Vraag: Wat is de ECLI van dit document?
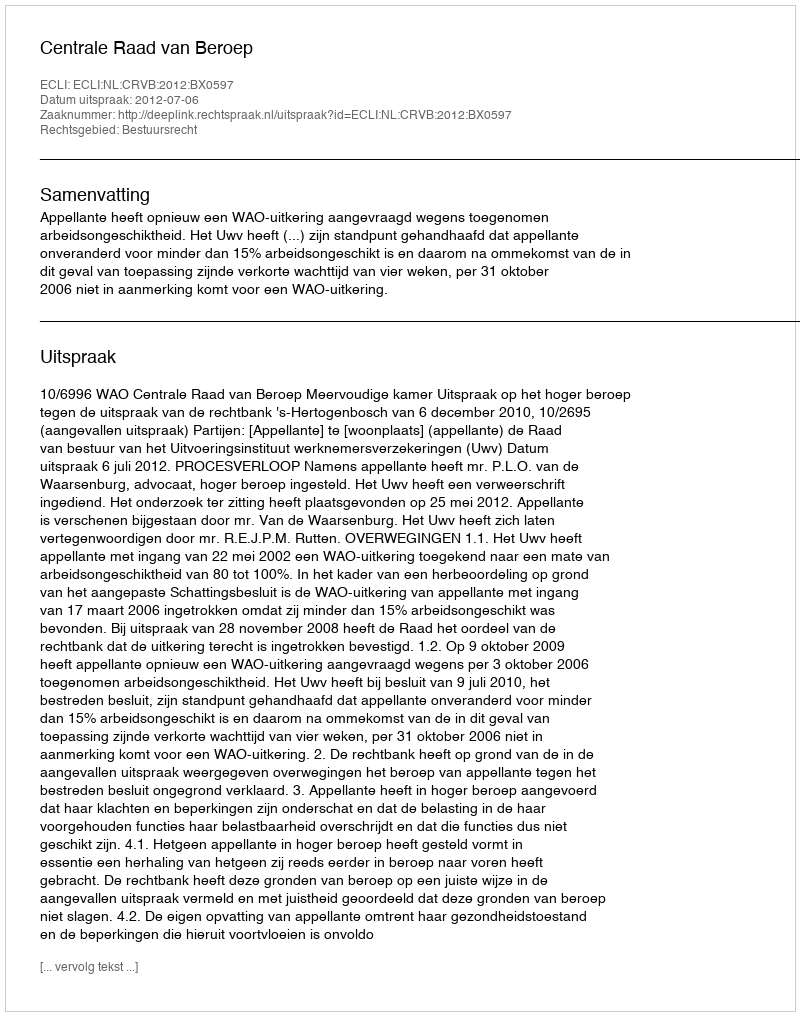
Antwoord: ECLI:NL:CRVB:2012:BX0597